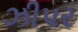
ઝીપર